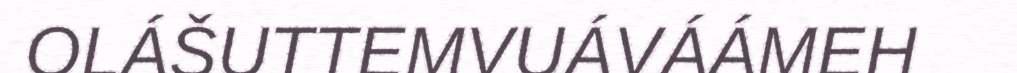
OLÁŠUTTEMVUÁVÁÁMEH